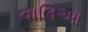
વાલિઆ